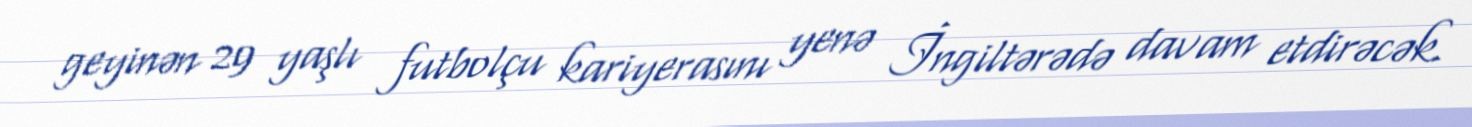
geyinən 29 yaşlı futbolçu kariyerasını yenə İngiltərədə davam etdirəcək.